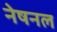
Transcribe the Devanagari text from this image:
नेषनल